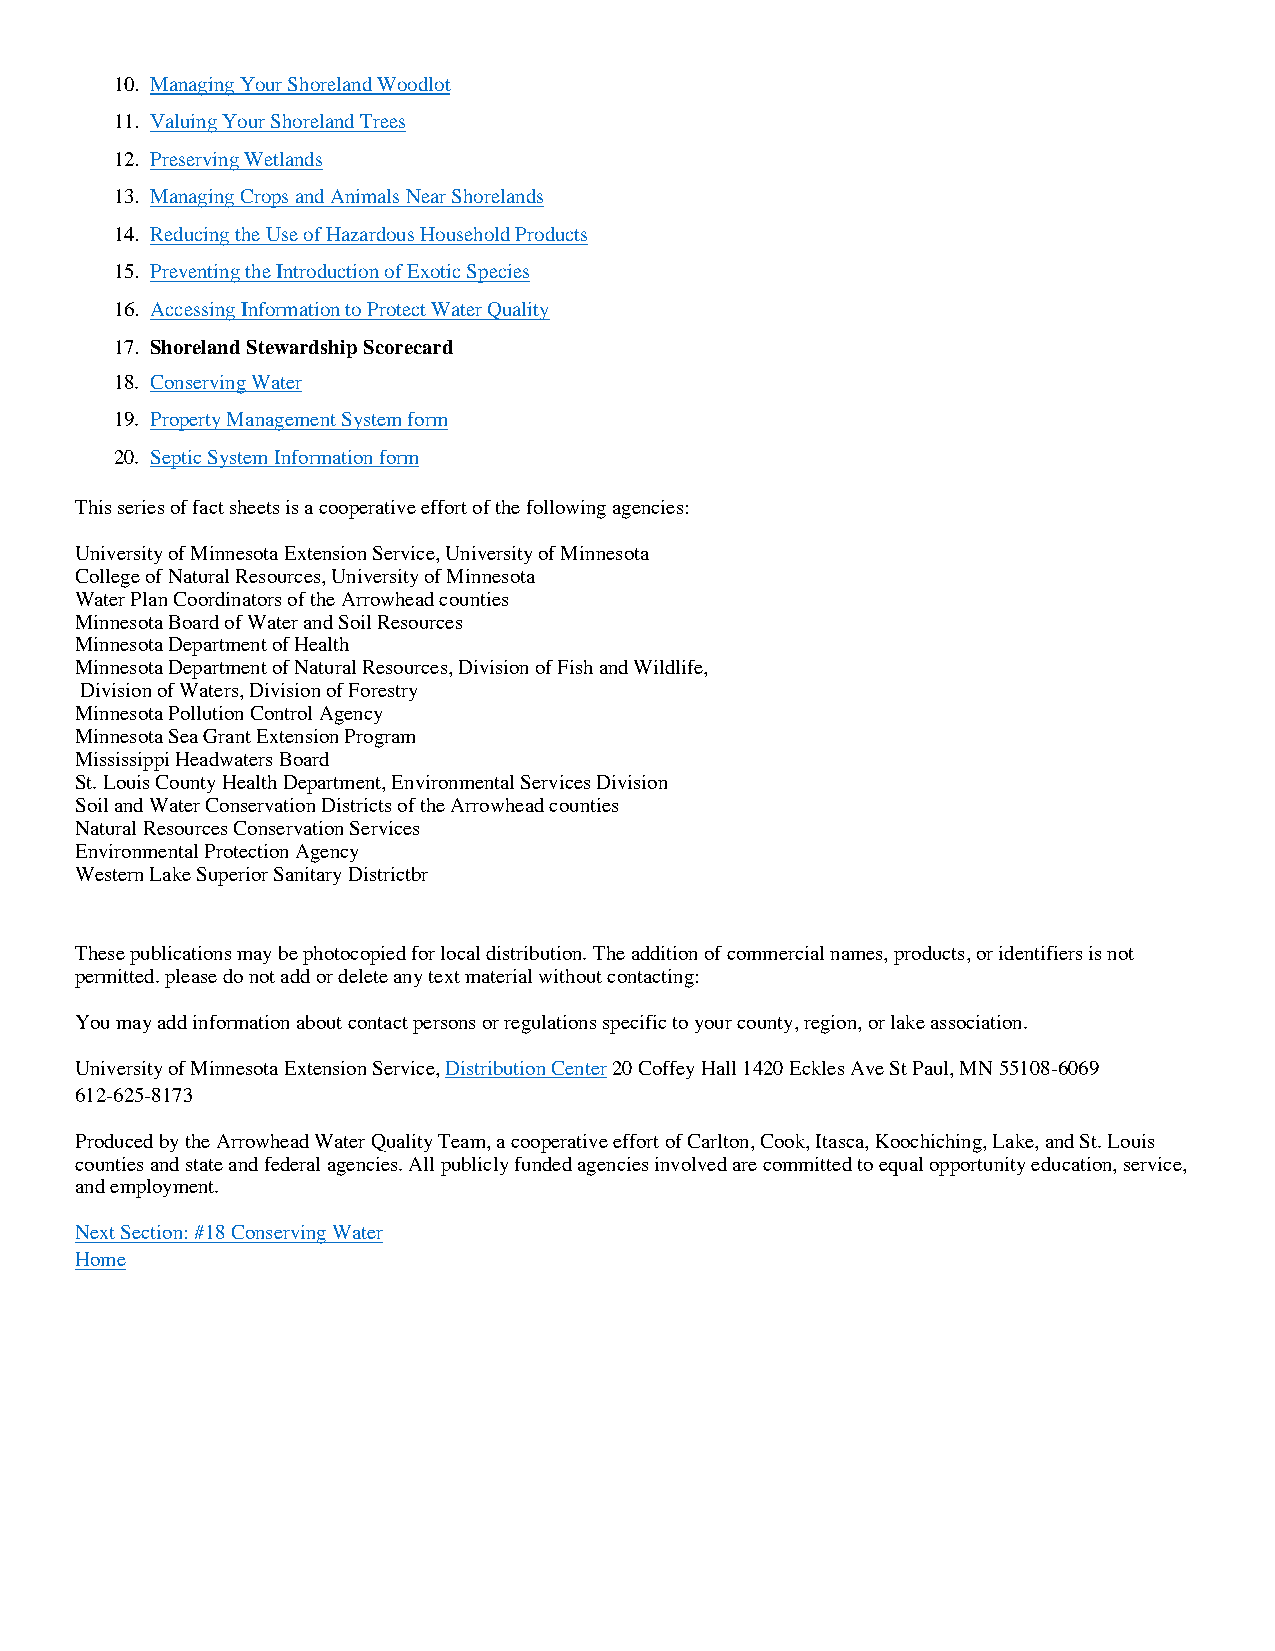
10. Managing Your Shoreland Woodlot
 11. Valuing Your Shoreland Trees
 12. Preserving Wetlands
 13. Managing Crops and Animals Near Shorelands
 14. Reducing the Use of Hazardous Household Products
 15. Preventing the Introduction of Exotic Species
 16. Accessing Information to Protect Water Quality
 17. Shoreland Stewardship Scorecard
 18. Conserving Water
 19. Property Management System form
 20. Septic System Information form
 This series of fact sheets is a cooperative effort of the following agencies:
 University of Minnesota Extension Service, University of Minnesota
 College of Natural Resources, University of Minnesota
 Water Plan Coordinators of the Arrowhead counties
 Minnesota Board of Water and Soil Resources
 Minnesota Department of Health
 Minnesota Department of Natural Resources, Division of Fish and Wildlife,
 Division of Waters, Division of Forestry
 Minnesota Pollution Control Agency
 Minnesota Sea Grant Extension Program
 Mississippi Headwaters Board
 St. Louis County Health Department, Environmental Services Division
 Soil and Water Conservation Districts of the Arrowhead counties
 Natural Resources Conservation Services
 Environmental Protection Agency
 Western Lake Superior Sanitary Districtbr
 These publications may be photocopied for local distribution. The addition of commercial names, products, or identifiers is not
 permitted. please do not add or delete any text material without contacting:
 You may add information about contact persons or regulations specific to your county, region, or lake association.
 University of Minnesota Extension Service, Distribution Center 20 Coffey Hall 1420 Eckles Ave St Paul, MN 55108-6069
 612-625-8173
 Produced by the Arrowhead Water Quality Team, a cooperative effort of Carlton, Cook, Itasca, Koochiching, Lake, and St. Louis
 counties and state and federal agencies. All publicly funded agencies involved are committed to equal opportunity education, service,
 and employment.
 Next Section: #18 Conserving Water
 Home